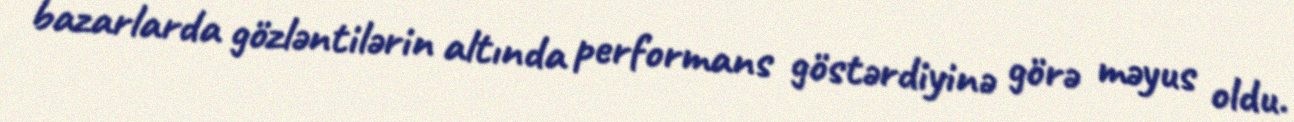
bazarlarda gözləntilərin altında performans göstərdiyinə görə məyus oldu.